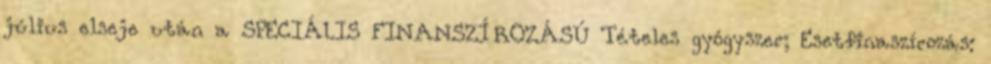
július elseje után a SPECIÁLIS FINANSZÍROZÁSÚ Tételes gyógyszer; Esetfinaszírozás: